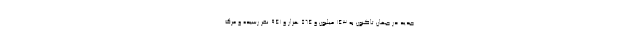
جدید در جهان تاکنون به ۱۴۳ میلیون و ۵۶۴ هزار و ۹۴۱ نفر رسیده و مرگ